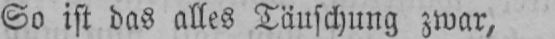
So ist das alles Täuschung zwar,